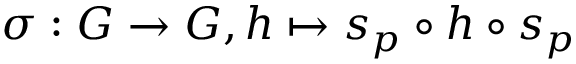
\sigma : G \to G , h \mapsto s _ { p } \circ h \circ s _ { p }